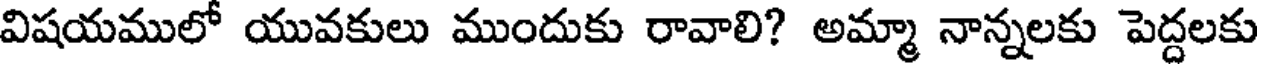
విషయములో యువకులు ముందుకు రావాలి? అమ్మా నాన్నలకు పెద్దలకు